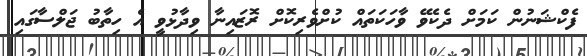
ފެކްޝަނުން ކަމަށް ދެކެވޭ ވާހަކަތައް ކުށްވެރިކޮށް ރޮޒައިނާ ވިދާޅުވީ އެ ހިތާބު ޖަލްސާގައި